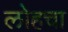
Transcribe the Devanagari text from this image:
लोहचा